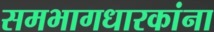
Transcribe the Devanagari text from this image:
समभागधारकांना